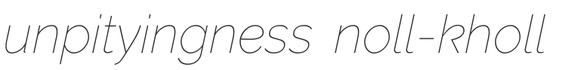
unpityingness noll-kholl